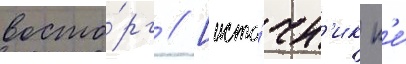
восто́рг // [исто́чн'ик н'е́